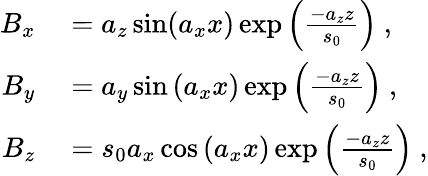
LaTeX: \begin{array}{rl}{B_{x}}&{{}=a_{z}\sin(a_{x}x)\exp\left(\frac{-a_{z}z}{s_{0}}\right)~,}\\ {B_{y}}&{{}=a_{y}\sin{(a_{x}x)}\exp\left(\frac{-a_{z}z}{s_{0}}\right)~,}\\ {B_{z}}&{{}=s_{0}a_{x}\cos{(a_{x}x)}\exp\left(\frac{-a_{z}z}{s_{0}}\right)~,}\end{array}